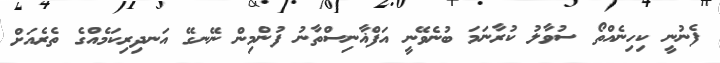
ފެނުނީ ކިހިނެއްތޯ ސުވާލު ކުރާނަމަ ބުނެވޭނީ އަފްޣާނިސްތާނު ފުންމިން ނޭނގޭ އަނދިރިކަމެއްގެ ތެރެއަށް